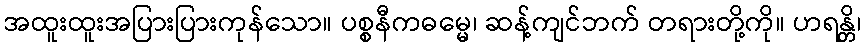
အထူးထူးအပြားပြားကုန်သော။ ပစ္စနီကဓမ္မေ၊ ဆန့်ကျင်ဘက် တရားတို့ကို။ ဟရန္တိ၊